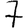
Digit: 7